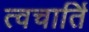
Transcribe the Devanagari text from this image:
त्वचार्ति